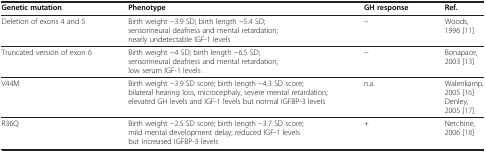
<table><thead><tr><td><b>Genetic mutation</b></td><td><b>Phenotype</b></td><td><b>GH response</b></td><td><b>Ref.</b></td></tr></thead><tbody><tr><td>Deletion of exons 4 and 5</td><td>Birth weight −3.9 SD; birth length −5.4 SD; sensorineural deafness and mental retardation; nearly undetectable IGF-1 levels</td><td>−</td><td>Woods, 1996 [11]</td></tr><tr><td>Truncated version of exon 6</td><td>Birth weight −4 SD; birth length −6.5 SD; sensorineural deafness and mental retardation; low serum IGF-1 levels</td><td>−</td><td>Bonapace, 2003 [13]</td></tr><tr><td>V44M</td><td>Birth weight −3.9 SD score; birth length −4.3 SD score; bilateral hearing loss, microcephaly, severe mental retardation; elevated GH levels and IGF-1 levels but normal IGFBP-3 levels</td><td>n.a.</td><td>Walenkamp, 2005 [16] Denley, 2005 [17]</td></tr><tr><td>R36Q</td><td>Birth weight −2.5 SD score; birth length −3.7 SD score; mild mental development delay; reduced IGF-1 levels but increased IGFBP-3 levels</td><td>+</td><td>Netchine, 2006 [18]</td></tr></tbody></table>